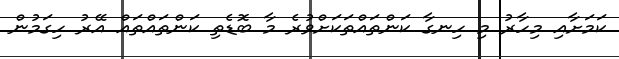
ކަމަށާއި މިހާރު މި ހިނގާ ކަންތައްތަކަށްވުރެ މާ ބޮޑެތި ކަންތައްތައް އޭރު ހިގަމުން